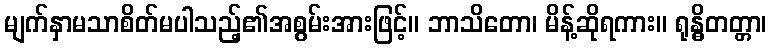
မျက်နှာမသာစိတ်မပါသည့်၏အစွမ်းအားဖြင့်။ ဘာသိတော၊ မိန့်ဆိုရကား။ ရုန္ဓိတတ္တာ၊